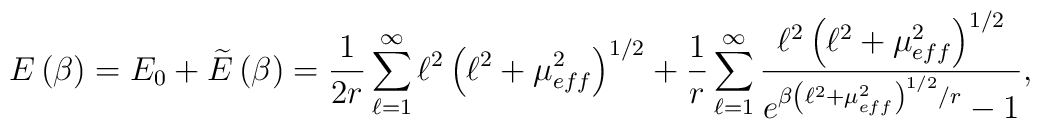
E\left(\beta \right)=E_{0}+\widetilde{E}\left(\beta \right)=\frac{1}{2r}\sum _{\ell =1}^{\infty }\ell ^{2}\left(\ell ^{2}+\mu _{eff}^{2}\right)^{1/2}+\frac{1}{r}\sum _{\ell =1}^{\infty }\frac{\ell ^{2}\left(\ell ^{2}+\mu _{eff}^{2}\right)^{1/2}}{e^{\beta \left(\ell ^{2}+\mu _{eff}^{2}\right)^{1/2}/r}-1},